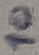
Text: 10